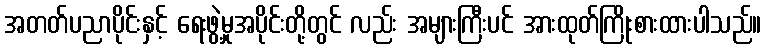
အတတ်ပညာပိုင်းနှင့် ရေးဖွဲ့မှုအပိုင်းတို့တွင် လည်း အများကြီးပင် အားထုတ်ကြိုးစားထားပါသည်။